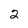
Character: 2